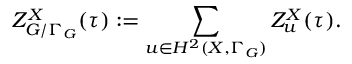
Z _ { { \cal G } / \Gamma _ { \cal G } } ^ { X } ( \tau ) : = \sum _ { u \in H ^ { 2 } ( X , \Gamma _ { \cal G } ) } Z _ { u } ^ { X } ( \tau ) .